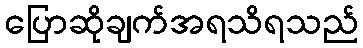
ပြောဆိုချက်အရသိရသည်